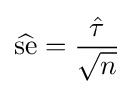
{\widehat {\text{se}}}={\frac {\hat {\tau }}{\sqrt {n}}}